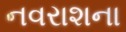
નવરાશના